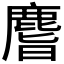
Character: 𪊨